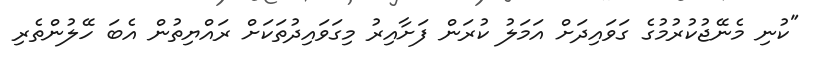
"ކުނި މެނޭޖުކުރުމުގެ ގަވައިދަށް އަމަލު ކުރަން ފަށާއިރު މިގަވައިދުތަކަށް ރައްޔިތުން އެބަ ހޭލުންތެރި